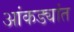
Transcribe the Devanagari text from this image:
आंकड्यांत